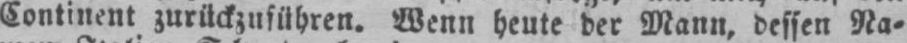
Continent zurückzuführen. Wenn heute der Mann, dessen Na⸗